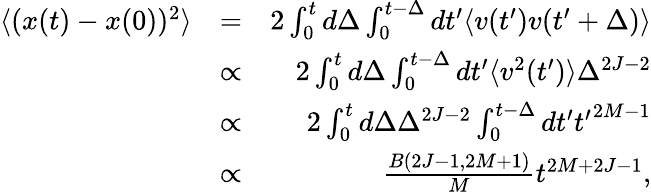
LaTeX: \begin{array}{rlr}{\langle(x(t)-x(0))^{2}\rangle}&{=}&{2\int_{0}^{t}d\Delta\int_{0}^{t-\Delta}dt^{\prime}\langle v(t^{\prime})v(t^{\prime}+\Delta)\rangle}\\ &{\propto}&{2\int_{0}^{t}d\Delta\int_{0}^{t-\Delta}dt^{\prime}\langle v^{2}(t^{\prime})\rangle\Delta^{2J-2}}\\ &{\propto}&{2\int_{0}^{t}d\Delta\Delta^{2J-2}\int_{0}^{t-\Delta}dt^{\prime}{t^{\prime}}^{2M-1}}\\ &{\propto}&{\frac{B(2J-1,2M+1)}{M}t^{2M+2J-1},}\end{array}